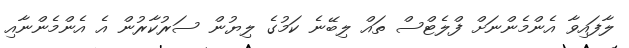
ލާފައިވާ އެންމެންނަށް ފްލެޓްސް ތައް ލިބޭނެ ކަމުގެ ލިޔުން ސަރުކާރުން އެ އެންމެންނާއި